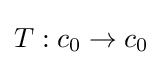
T:c_{0}\to c_{0}